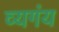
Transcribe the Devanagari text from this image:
व्यगंय